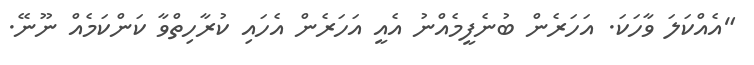
"އެއްކަލަ ވާހަކަ. އަހަރެން ބުނެފީމެއްނު އެއީ އަހަރެން އެހައި ކުރާހިތްވާ ކަންކަމެއް ނޫނޭ.